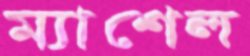
ম্যাশেল